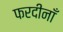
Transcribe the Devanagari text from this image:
फरदीनाँ